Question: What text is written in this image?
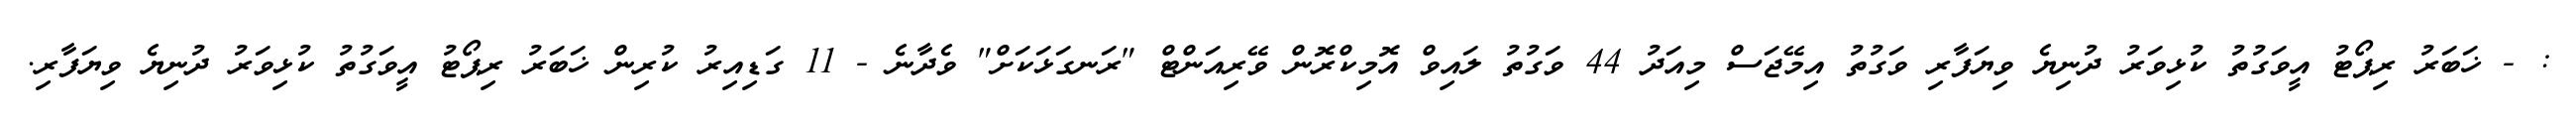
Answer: : - ޚަބަރު ރިޕޯޓު އީވަގުތު ކުޅިވަރު ދުނިޔެ ވިޔަފާރި ވަގުތު އިމޭޖަސް މިއަދު 44 ވަގުތު ލައިވް އޮމިކްރޮން ވޭރިއަންޓް "ރަނގަޅަކަށް" ވެދާނެ - 11 ގަޑިއިރު ކުރިން ޚަބަރު ރިޕޯޓު އީވަގުތު ކުޅިވަރު ދުނިޔެ ވިޔަފާރި.